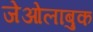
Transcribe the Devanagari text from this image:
जेओलाबुक